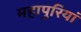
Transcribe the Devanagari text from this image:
महापुरियां